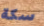
سكة